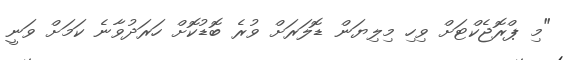
"މި ޕްރޮޖެކްޓަށް ވިހި މިލިޔަން ޑޮލަރަށް ވުރެ ބޮޑުކޮށް ހަރަދުވާނެ ކަމަށް ވަނީ